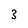
Character: 3